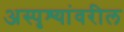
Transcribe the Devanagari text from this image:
अस्पृश्यांवरील